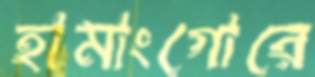
হামাংগোরে